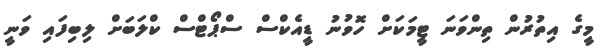
މީގެ އިތުރުން ތިންވަނަ ޓީމަކަށް ހޮވުނު ޑީއެކްސް ސްޕޯޓްސް ކްލަބަށް ލިބިފައި ވަނީ